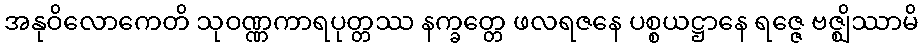
အနုဝိလောကေတိ သုဝဏ္ဏကာရပုတ္တဿ နက္ခတ္တေ ဖလရဇနေ ပစ္စယဋ္ဌာနေ ရဇ္ဇေ ဗဇ္ဈိဿာမိ